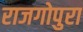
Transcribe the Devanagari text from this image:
राजगोपुरा